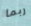
ربما